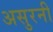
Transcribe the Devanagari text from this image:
असुरनी